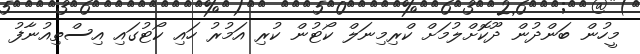
މީހުން ބަންދުން ދޫކޮށްލުމަށް ކްރިމިނަލް ކޯޓުން ކުރި އަމުރު ހައި ކޯޓުގައި އިސްތިއުނާފު